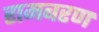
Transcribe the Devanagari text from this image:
रामबरण